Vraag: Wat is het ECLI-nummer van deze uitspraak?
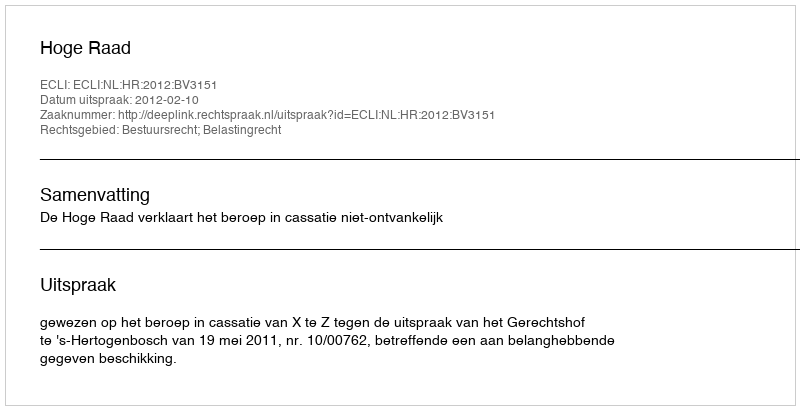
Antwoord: ECLI:NL:HR:2012:BV3151